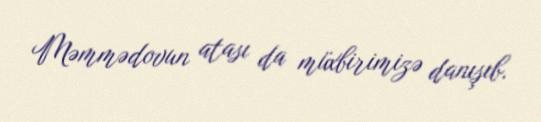
Məmmədovun atası da müxbirimizə danışıb.